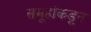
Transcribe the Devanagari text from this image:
समूहांकडून